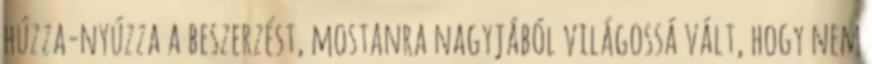
húzza-nyúzza a beszerzést, mostanra nagyjából világossá vált, hogy nem